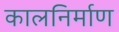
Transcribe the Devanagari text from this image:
कालनिर्माण